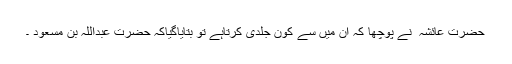
حضرت عائشہ ؓ نے پوچھا کہ ان میں سے کون جلدی کرتاہے تو بتایاگیاکہ حضرت عبداللہ بن مسعود ؓ۔